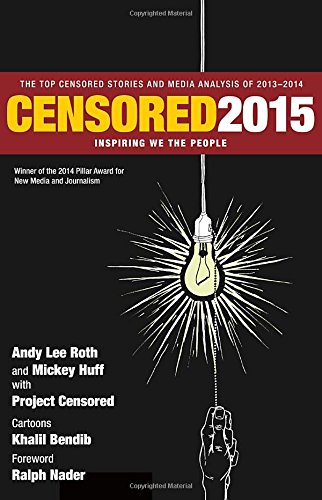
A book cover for Censored 2015: Inspiring We the People; The Top Censored Stories and Media Analysis of 2013- 2014; Reference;